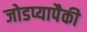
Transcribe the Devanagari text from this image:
जोडप्यापैकी